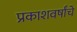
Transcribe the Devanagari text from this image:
प्रकाशवर्षांचे